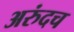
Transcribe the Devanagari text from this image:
अरुंदच